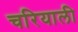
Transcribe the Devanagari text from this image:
चरियाली